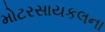
મોટરસાયકલના